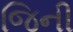
જિની